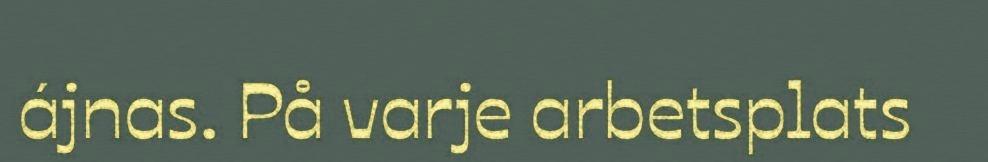
ájnas. På varje arbetsplats